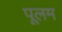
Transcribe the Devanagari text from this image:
पूलम